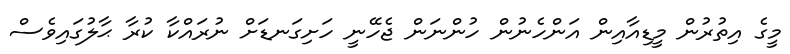
މީގެ އިތުރުން މީޑިއާއިން އަންހެނުން ހުންނަން ޖެހޭނީ ހަށިގަނޑަށް ނުރައްކާ ކުރާ ޙާލުގައިވެސް